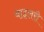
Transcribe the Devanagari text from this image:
बाइलरी